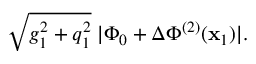
\sqrt { g _ { 1 } ^ { 2 } + q _ { 1 } ^ { 2 } } \; | \Phi _ { 0 } + \Delta \Phi ^ { ( 2 ) } ( { \bf x } _ { 1 } ) | .